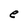
Character: e